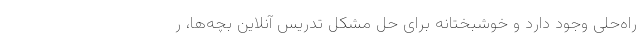
راه‌حلی وجود دارد و خوشبختانه برای حل مشکل تدریس آنلاین بچه‌ها، ر